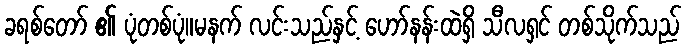
ခရစ်တော် ၏ ပုံတစ်ပုံ။မနက် လင်းသည်နှင့် ဟော်နန်းထဲရှိ သီလရှင် တစ်သိုက်သည်